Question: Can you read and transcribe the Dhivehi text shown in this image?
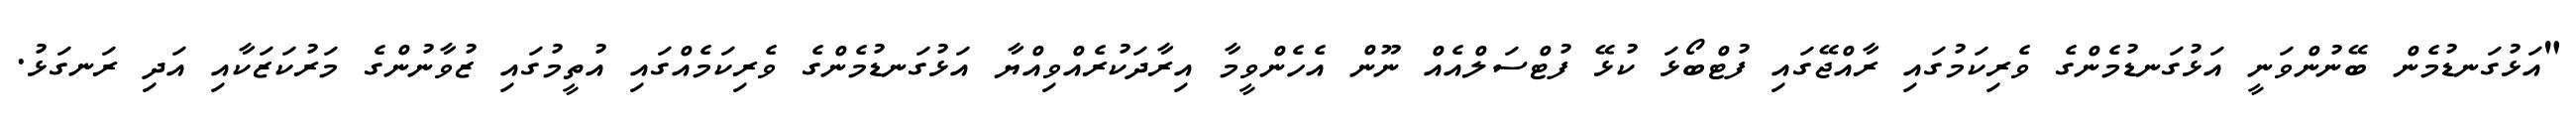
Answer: "އަޅުގަނޑުމެން ބޭނުންވަނީ އަޅުގަނޑުމެންގެ ވެރިކަމުގައި ރާއްޖޭގައި ފުޓްބޯޅަ ކުޅޭ ފުޓްސަލްއެއް ނޫން އެހެންވީމާ އިރާދަކުރެއްވިއްޔާ އަޅުގަނޑުމެންގެ ވެރިކަމެއްގައި އުތީމުގައި ޒުވާނުންގެ މަރުކަޒަކާއި އަދި ރަނގަޅު.